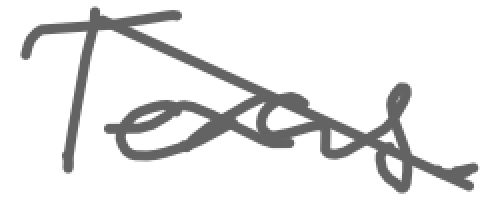
Text: Texas.
Cross-out: diagonal
Writing tool: digital_gray